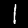
Digit: 1